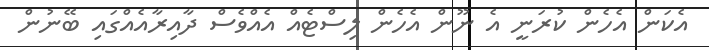
އެކަން އެހެން ކުރަނީ އެ ނޫން އެހެން ލިސްޓެއް އެއްވެސް ދާއިރާއެއްގައި ބޭނުން